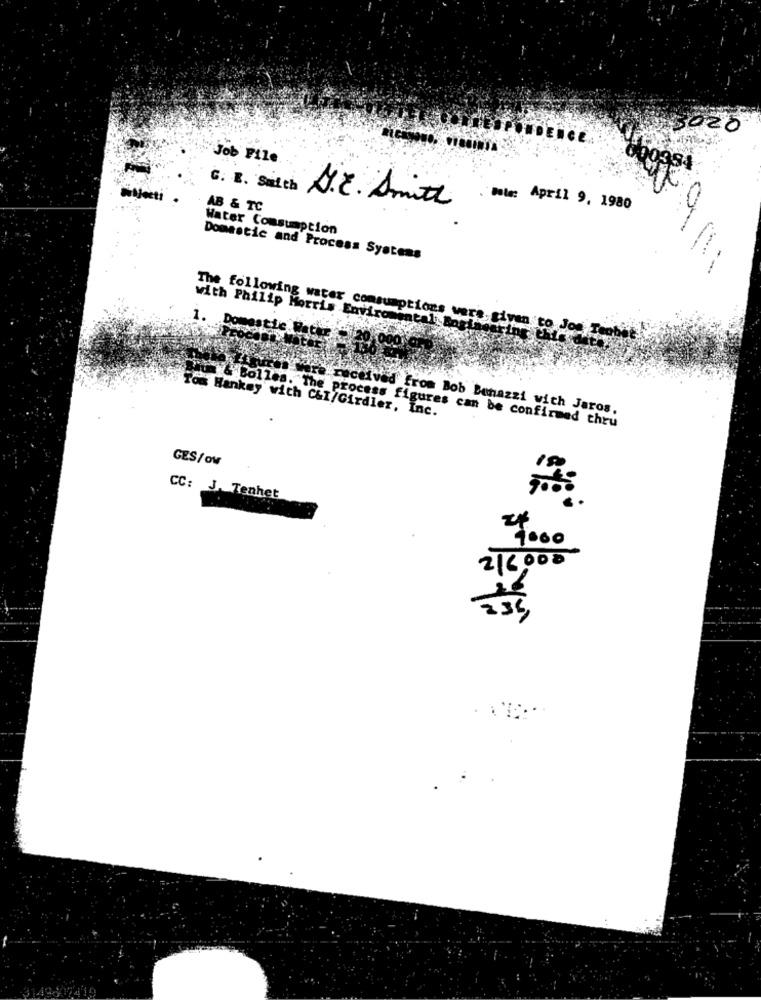
5020
Job File
000984
G. E. Sutch
AB & TC
S.r. Smith
. Pole: April 9, 1980
Water Consumption
Domestic and Process Systems
The following water consumptions ver.
with Philip Morris Enviromentali Bom fim
Tons Hankey with C&I/Girdler, Inc.
received from Bob Bonazzi with Jaros.
w & Dolles. The process figures can be confirmed thru
GES/ ov
CC: J. Tenhet
. .
1000
216.000
235